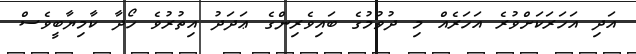
އަދި އަހަރަކަށްވުރެ އަހަރެއް މި ދުވުމުގެ ބައިވެރިންގެ ޢަދަދު އިތުރުވެ ހޯދާ ކާމިޔާބީވެސް